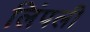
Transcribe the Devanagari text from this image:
लिंपली